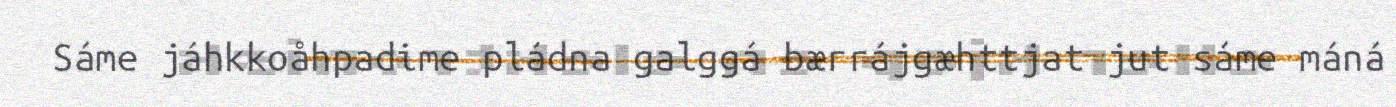
Sáme jáhkkoåhpadime pládna galggá bærrájgæhttjat jut sáme máná